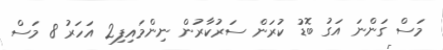
މަސް ގަންނަ އަގު ބޮޑު ކުރަން ސަރުކާރުން ނިންމައިފި2 އަހަރު 8 މަސް